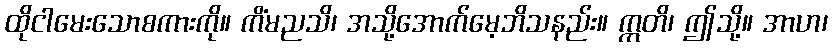
ထိုငါမေးသောစကားကို။ ကိံမညသိ၊ အသို့အောက်မေ့ဘိသနည်း။ ဣတိ၊ ဤသို့။ အာဟ၊